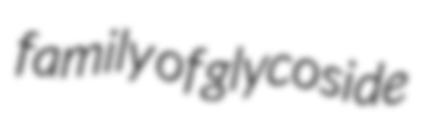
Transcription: family of glycoside